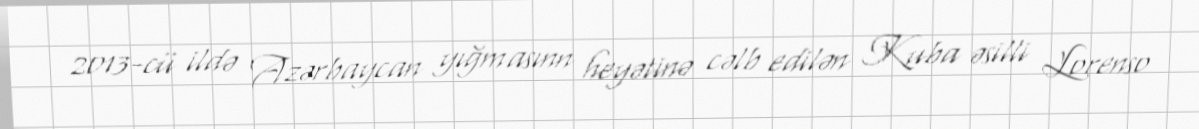
2013-cü ildə Azərbaycan yığmasınn heyətinə cəlb edilən Kuba əsilli Lorenso